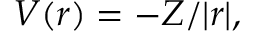
V ( \boldsymbol { r } ) = - Z / | \boldsymbol { r } | ,